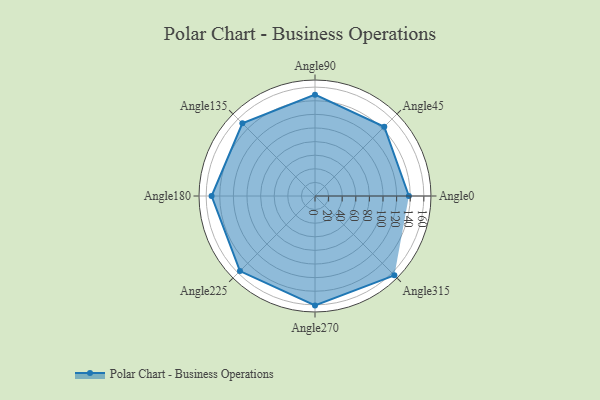
{"axis": {"x": "Angle", "y": "Radius"}, "legend": [""], "data": [{"x": "Angle0", "y": 138.0, "type": ""}, {"x": "Angle45", "y": 144.0, "type": ""}, {"x": "Angle90", "y": 149.0, "type": ""}, {"x": "Angle135", "y": 151.0, "type": ""}, {"x": "Angle180", "y": 152.0, "type": ""}, {"x": "Angle225", "y": 156.0, "type": ""}, {"x": "Angle270", "y": 161.0, "type": ""}, {"x": "Angle315", "y": 165.0, "type": ""}]}